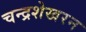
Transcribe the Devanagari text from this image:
चन्‍द्रशेखरन